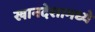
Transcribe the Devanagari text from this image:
खानदेशामध्ये